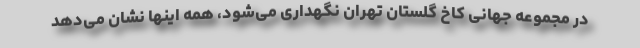
در مجموعه جهانی کاخ گلستان تهران نگهداری می‌شود، همه اینها نشان می‌دهد